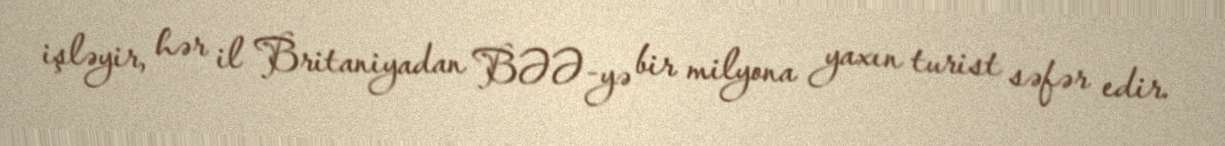
işləyir, hər il Britaniyadan BƏƏ-yə bir milyona yaxın turist səfər edir.